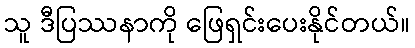
သူ ဒီပြဿနာကို ဖြေရှင်းပေးနိုင်တယ်။